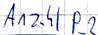
Text: Anzahl P_2